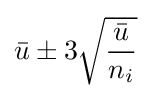
{\bar {u}}\pm 3{\sqrt {\frac {\bar {u}}{n_{i}}}}